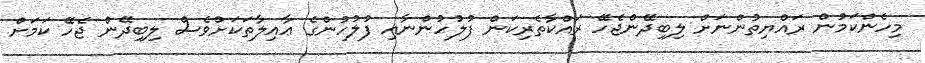
މިހެންކަމުން ރައްޔިތުންނަށް ލިބިދޭންޖެހޭ ރައްކާތެރިކަން ފުލުހުންނާއި ފުލުހުންގެ ޢާއިލާތަކަށްވެސް ލިބިދޭން ޖެހޭ ކަމަށް